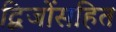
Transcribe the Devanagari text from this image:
द्विजोंसहित